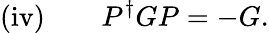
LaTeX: \mathrm{(iv)}\qquad P^{\dagger}GP=-G.